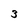
Character: 3